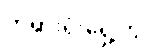
တရားရုံးရှေ့တွင်